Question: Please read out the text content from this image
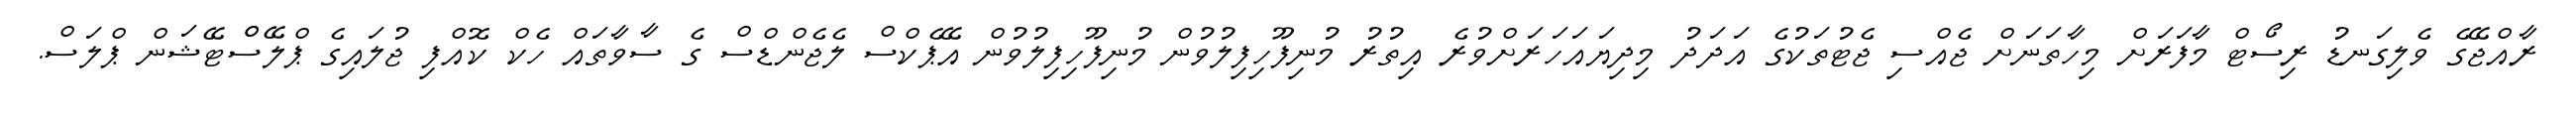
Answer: ރާއްޖޭގެ ވެލިގަނޑު ރިސޯޓް މާފަރަށް މިހާތަނަށް ޖެއްސި ޖެޓުތަކުގެ އަދަދު މިދިޔައަހަރަށްވުރެ އިތުރު މުނިފޫހިފިލުވުން މުނިފޫހިފިލުވުން އޭޕެކްސް ލެޖެންޑްސް ގެ ސާވާތައް ހެކް ކޮއްފި ޖުލައިގެ ޕްލޭސްްޓޭޝަން ޕްލަސް.